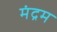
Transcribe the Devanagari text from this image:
मंद्रम